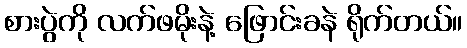
စားပွဲကို လက်ဖမိုးနဲ့ ဖြောင်းခနဲ ရိုက်တယ်။